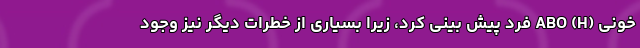
خونی (ABO (H فرد پیش بینی کرد، زیرا بسیاری از خطرات دیگر نیز وجود